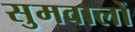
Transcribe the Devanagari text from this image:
सुमवालों